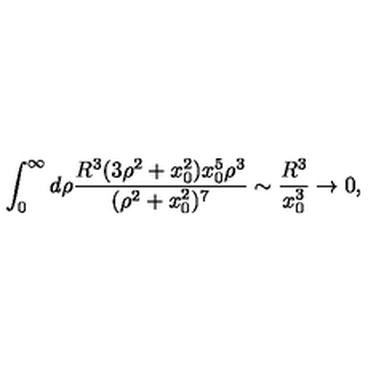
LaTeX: \int _ { 0 } ^ { \infty } d \rho { \frac { R ^ { 3 } ( 3 \rho ^ { 2 } + x _ { 0 } ^ { 2 } ) x _ { 0 } ^ { 5 } \rho ^ { 3 } } { ( \rho ^ { 2 } + x _ { 0 } ^ { 2 } ) ^ { 7 } } } \sim { \frac { R ^ { 3 } } { x _ { 0 } ^ { 3 } } } \rightarrow 0 ,